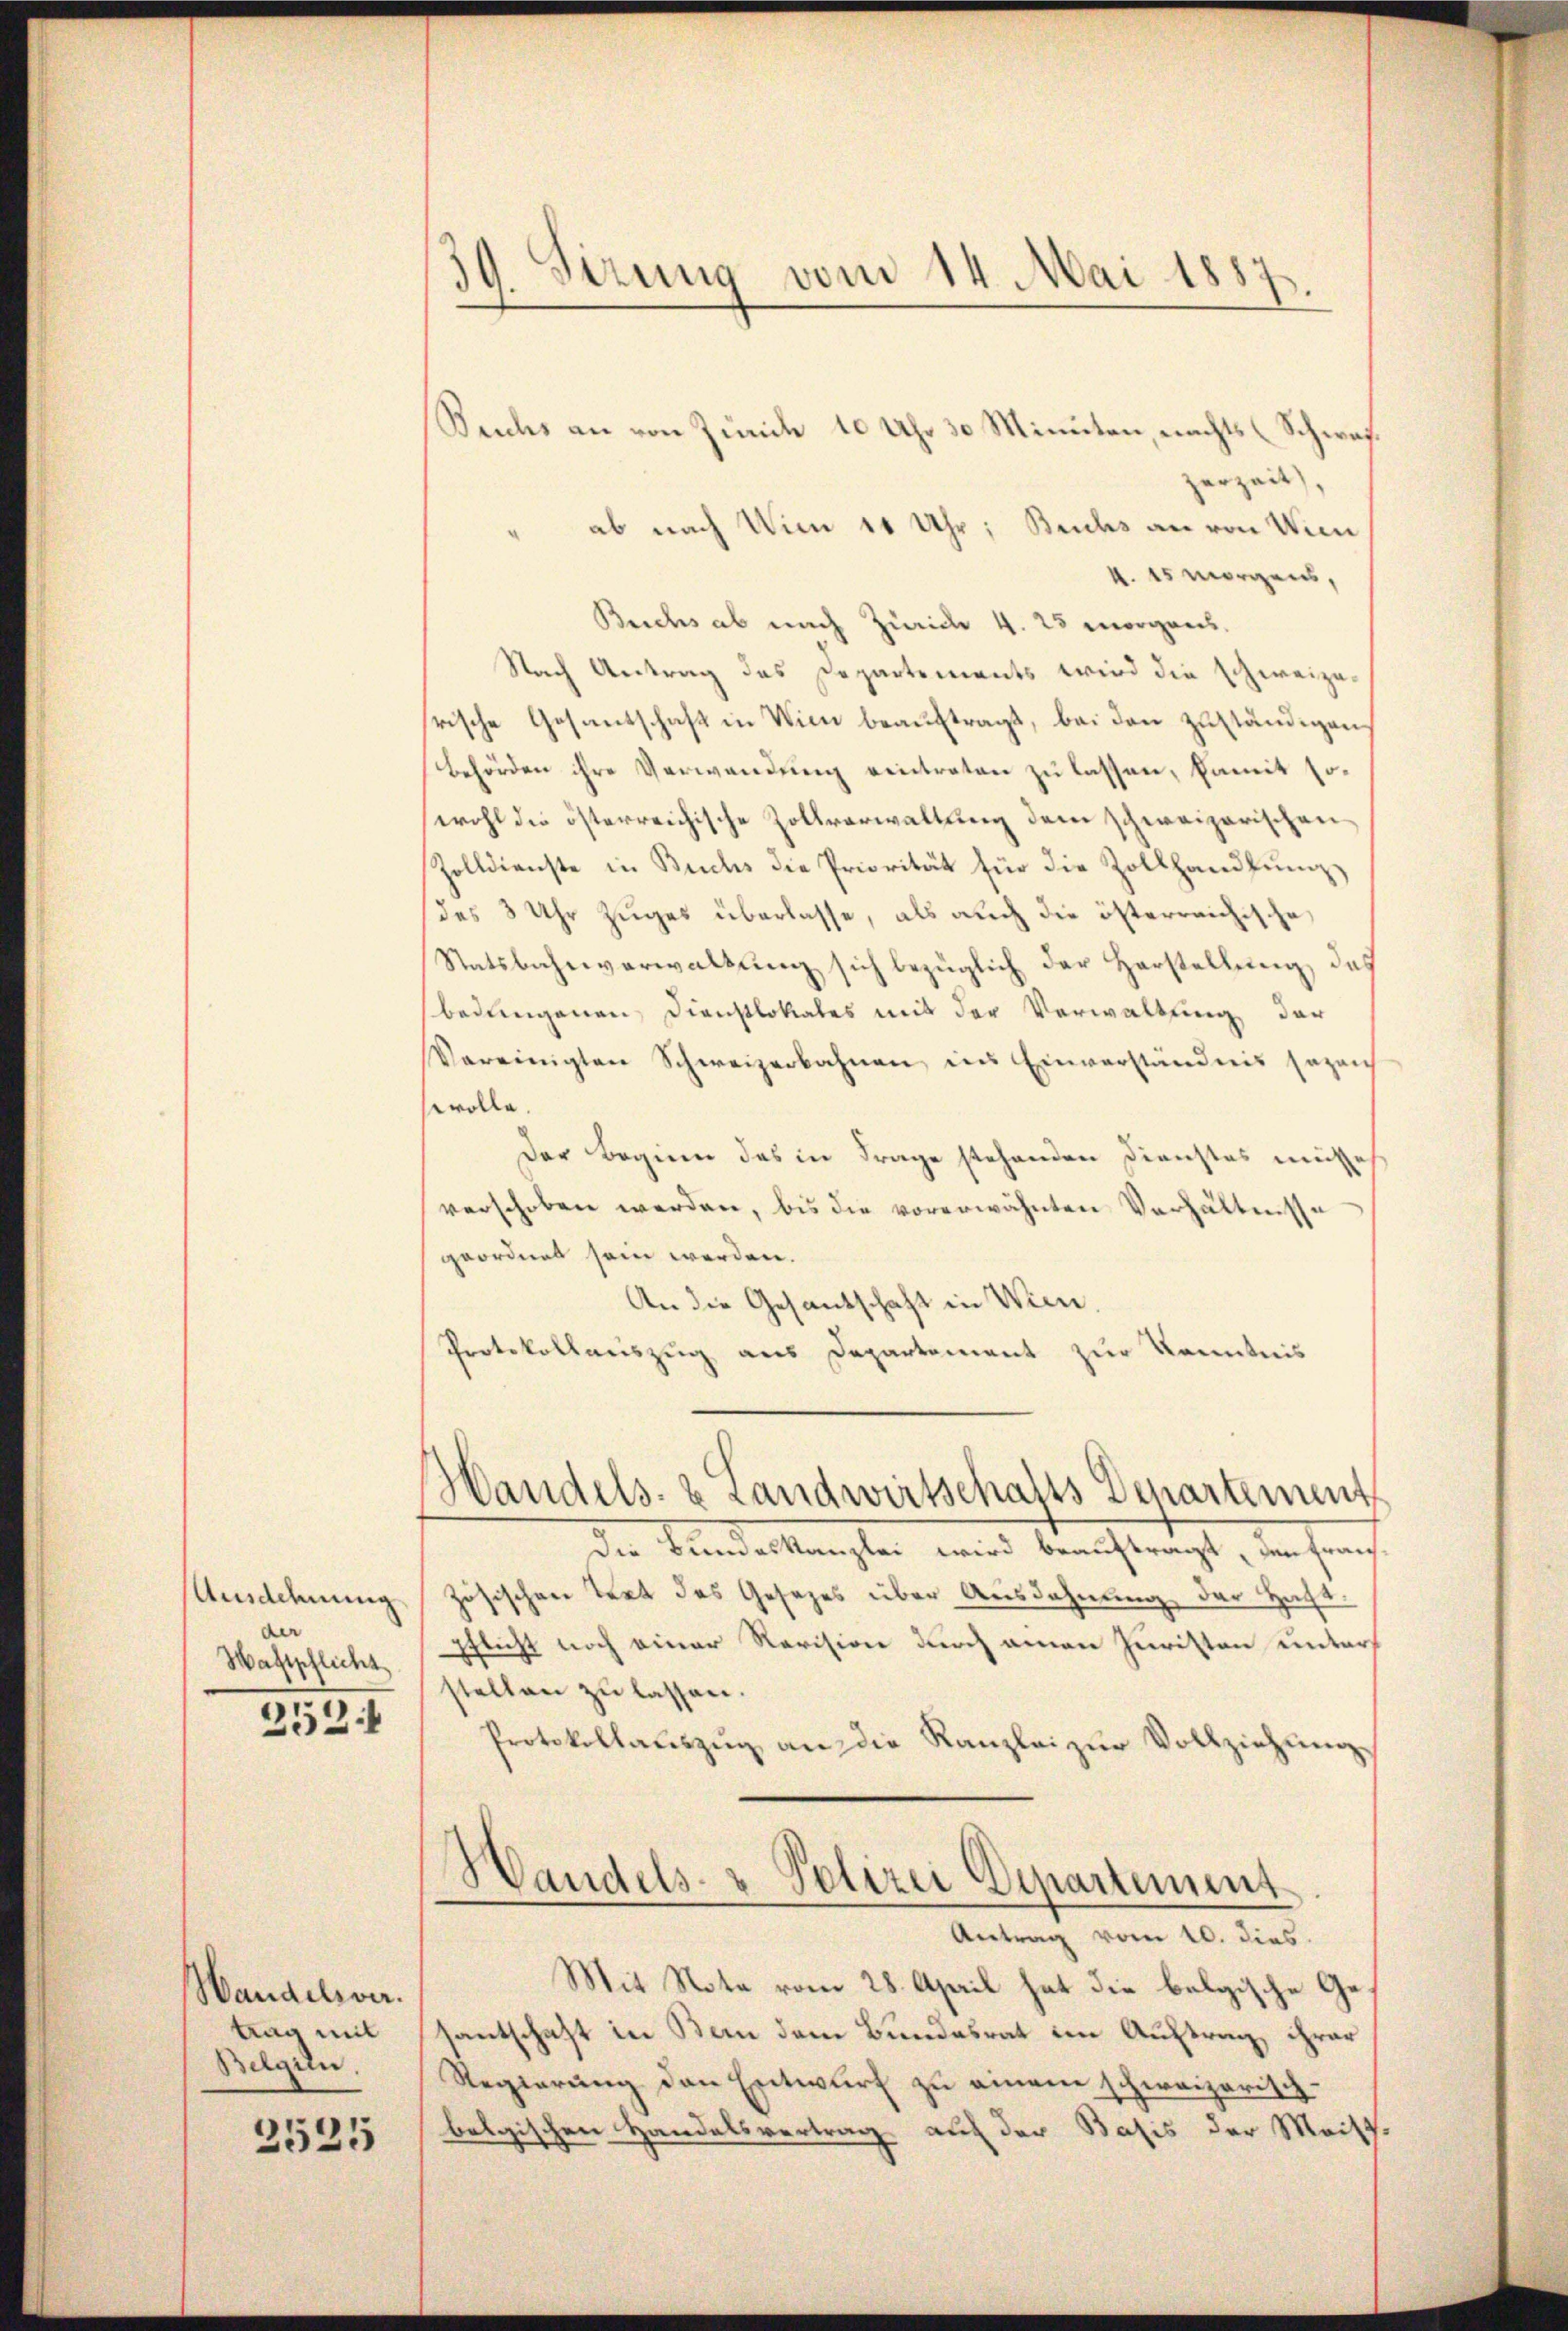
Ausdehnung
der
Waftpflicht
252

Handelsver
trag mit
Belgin.

2525

39. Sizung vom 14. Mai 1887

Sechs an von Zürich 10 Uhr 30 Minuten, nichts (Schweierzeit,
ab nach Wien 11 Uhr; Buchs an von Wien
k. 15 morgens,
Beichs ab nach Zürich 4. 25 morgens
Nach Antrag des Departements wird die schweizerische Gesantschaft in Wien beauftragt, bei den zuständigen
behörden ihre Verwendung eintreten zu lassen, damit sowohl die österreichische Zollverwaltung dem schweizerischen
Zolldienste in Buchs die Priorität für die Zollhandlŭng
des 3 Uhr Zuges überlasse, als auch die österreichische
Statsbahnverwaltung sich bezüglich der Herstellung, das
bedungenen Dienstlokales mit der Verwaltung der
Vereinigten Schweizerbahnen ins Einverständnis sagen
wolle.
Der Begien des in Frage stehenden Dienstes müsse
verschoben werden, bis die vorerwähnten Verhältnisse
geordnet sein werden.
An die Gesandschaft in Wien,
Protokollauszug aus Departement zur Kenntnis

Handels- & Landwirtschafts Departement

Die Bundeskanzlei wird beauftragt den franzzösischen Text des Gesezes über Ausdehnung der Hacht.
pflicht noch einer Revision durch einen Juristen unterh
stellen zu lassen.
Protokollaŭszŭg an die Kanzlei zŭr Vollziehŭng
Handels- & Polizei Departement
Antrag vom 10. dies
Mit Note vom 28. April hat die belgische Gesantschaft in Bern dem Bundesrat im Auftrag, ihrer
Regierung den Entwurf zu einem schweizerischbelgischen Handelsvertrag auf der Basis der Meist.